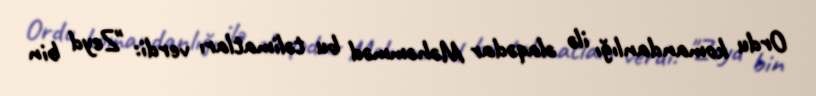
Ordu komandanlığı ilə əlaqədar Məhəmməd bu təlimatları verdi: "Zeyd bin